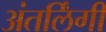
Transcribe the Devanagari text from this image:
अंतर्लिंगी